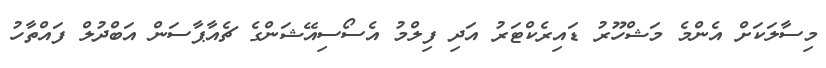
މިސާލަކަށް އެންމެ މަޝްހޫރު ޑައިރެކްޓަރު އަދި ފިލްމު އެސޯސިއޭޝަންގެ ޗެއާޕާސަން އަބްދުލް ފައްތާހު